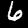
Label: 6